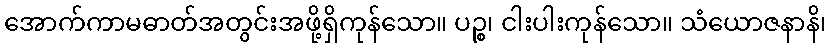
အောက်ကာမဓာတ်အတွင်းအဖို့ရှိကုန်သော။ ပဉ္စ၊ ငါးပါးကုန်သော။ သံယောဇနာနိ၊